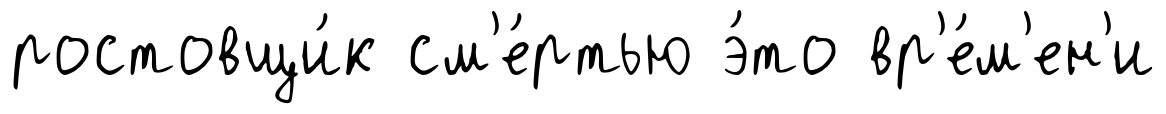
ростовщи́к см'е́ртью э́то вр'е́м'ен'и